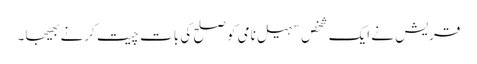
قریش نے ایک شخص سہیل نامی کو صلح کی بات چیت کرنے بھیجا۔